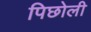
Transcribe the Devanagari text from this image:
पिछोली